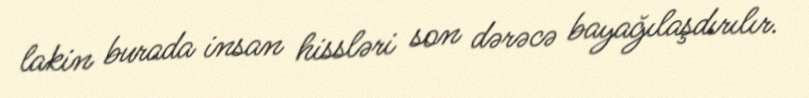
lakin burada insan hissləri son dərəcə bayağılaşdırılır.